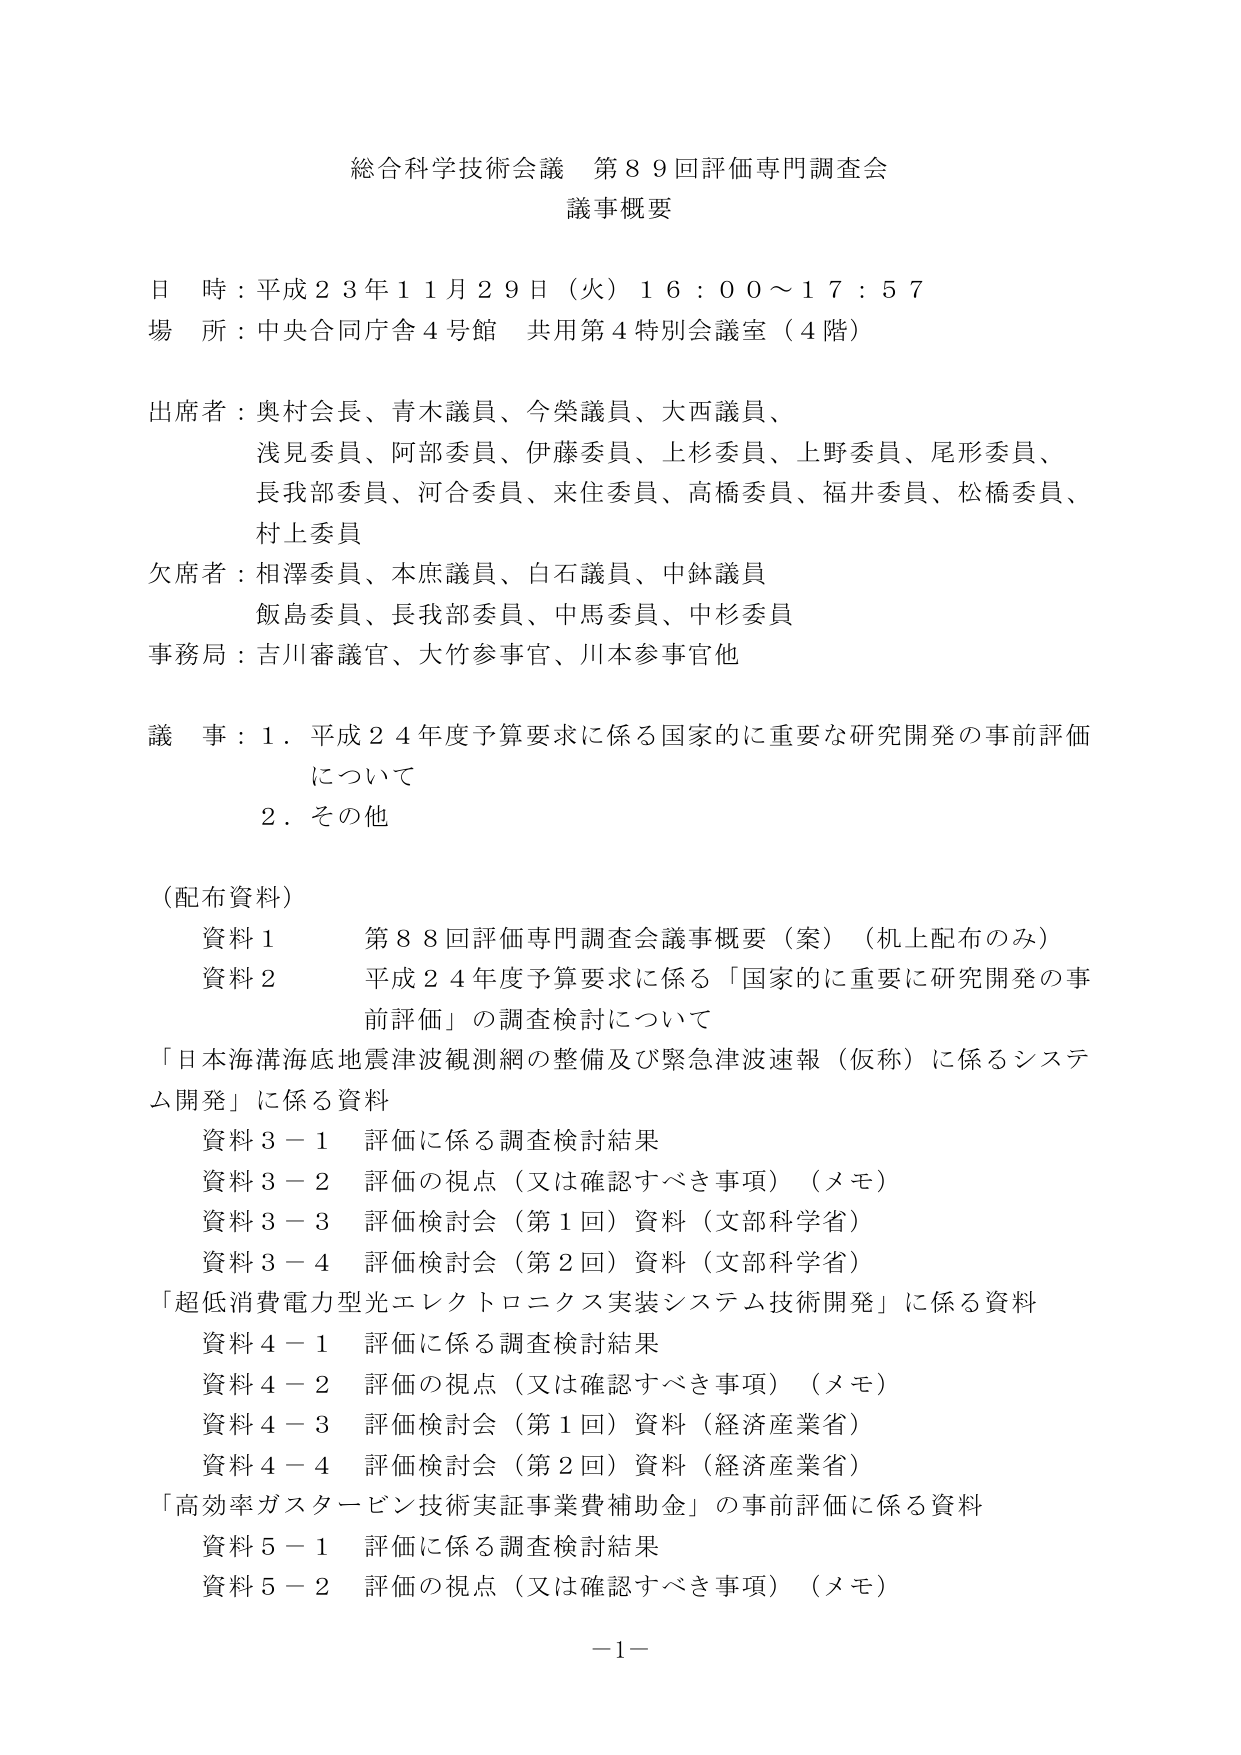
総合科学技術会議 第８９回評価専門調査会
議事概要

日 時：平成２３年１１月２９日（火）１６：００～１７：５７
場 所：中央合同庁舎４号館 共用第４特別会議室（４階）

出席者：奥村会長、青木議員、今榮議員、大西議員、
　　　　浅見委員、阿部委員、伊藤委員、上杉委員、上野委員、尾形委員、
　　　　長我部委員、河合委員、来住委員、高橋委員、福井委員、松橋委員、
　　　　村上委員
欠席者：相澤委員、木庶議員、白石議員、中鉢議員
　　　　飯島委員、長我部委員、中馬委員、中杉委員
事務局：吉川審議官、大竹参事官、川本参事官他

議 事：１．平成２４年度予算要求に係る国家的に重要な研究開発の事前評価
　　　　について
　　　　２．その他

（配布資料）
　資料１　第８８回評価専門調査会議事概要（案）（机上配布のみ）
　資料２　平成２４年度予算要求に係る「国家的に重要に研究開発の事
　　　　　前評価」の調査検討について
「日本海溝海底地震津波観測網の整備及び緊急津波速報（仮称）に係るシステ
ム開発」に係る資料
　資料３－１　評価に係る調査検討結果
　資料３－２　評価の視点（又は確認すべき事項）（メモ）
　資料３－３　評価検討会（第１回）資料（文部科学省）
　資料３－４　評価検討会（第２回）資料（文部科学省）
「超低消費電力型光エレクトロニクス実装システム技術開発」に係る資料
　資料４－１　評価に係る調査検討結果
　資料４－２　評価の視点（又は確認すべき事項）（メモ）
　資料４－３　評価検討会（第１回）資料（経済産業省）
　資料４－４　評価検討会（第２回）資料（経済産業省）
「高効率ガスタービン技術実証事業費補助金」の事前評価に係る資料
　資料５－１　評価に係る調査検討結果
　資料５－２　評価の視点（又は確認すべき事項）（メモ）

－１－